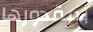
بمقدورها